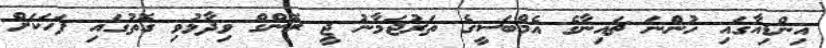
އިންޑިއާގައި ހުންނަ ޗައިނާގެ އެމްބަސީގެ ތަރުޖަމާނު ޖީ ރޮންގް ވިދާޅުވި ގޮތުގައި ފަހަކަށް